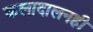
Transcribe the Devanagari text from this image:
कलादालनही